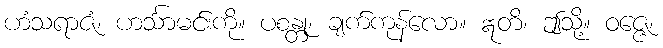
ဟံသရာဇံ၊ ဟင်္သာမင်းကို။ ပစန္တု၊ ချက်ကုန်လော။ ဣတိ၊ ဤသို့။ ဝဇ္ဇေ၊